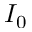
I _ { 0 }